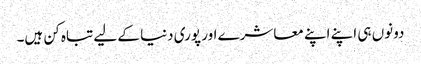
دونوں ہی اپنے اپنے معاشرے اور پوری دنیا کے لیے تباہ کن ہیں۔